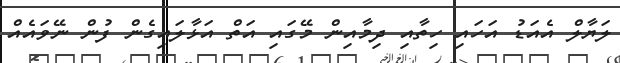
ލަޔާލް އެއަޑު އަހައި ހިތާއި ދިމާއިން މޭގައި އަތް އަޅާލައިގެން ފުން ނޭވައެއް